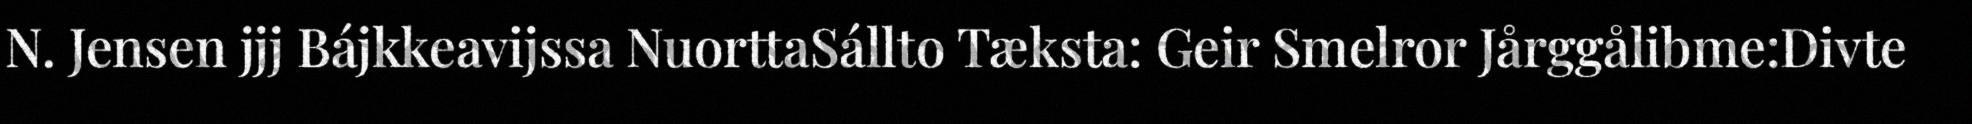
N. Jensen jjj Bájkkeavijssa NuorttaSállto Tæksta: Geir Smelror Jårggålibme:Divte